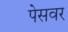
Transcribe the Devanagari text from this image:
पेसवर